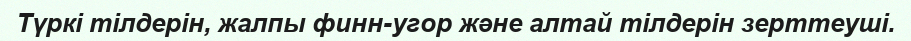
Түркі тілдерін, жалпы финн-угор және алтай тілдерін зерттеуші.